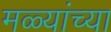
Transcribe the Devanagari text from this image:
मळ्यांच्या